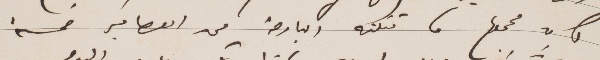
فان مجمل ما قتلته البارحة من العصافير خمسة